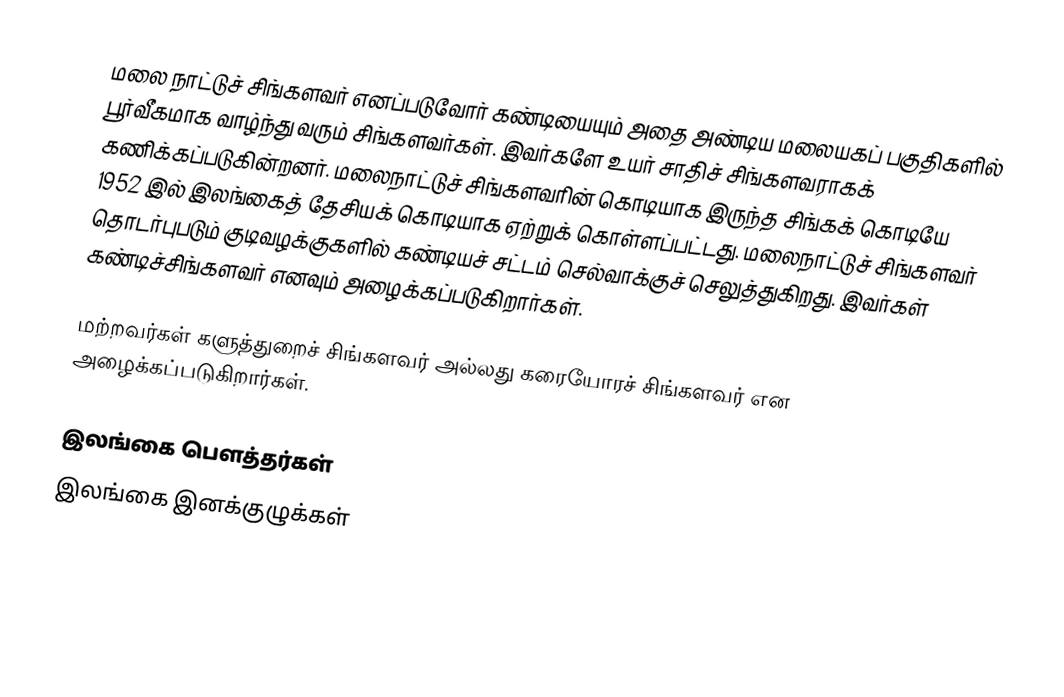
மலை நாட்டுச் சிங்களவர் எனப்படுவோர் கண்டியையும் அதை அண்டிய மலையகப் பகுதிகளில் பூர்வீகமாக வாழ்ந்து வரும் சிங்களவர்கள். இவர்களே உயர் சாதிச் சிங்களவராகக் கணிக்கப்படுகின்றனர். மலைநாட்டுச் சிங்களவரின் கொடியாக இருந்த சிங்கக் கொடியே 1952 இல் இலங்கைத் தேசியக் கொடியாக ஏற்றுக் கொள்ளப்பட்டது. மலைநாட்டுச் சிங்களவர் தொடர்புபடும் குடிவழக்குகளில் கண்டியச் சட்டம் செல்வாக்குச் செலுத்துகிறது. இவர்கள் கண்டிச்சிங்களவர் எனவும் அழைக்கப்படுகிறார்கள்.

மற்றவர்கள் களுத்துறைச் சிங்களவர் அல்லது கரையோரச் சிங்களவர் என அழைக்கப்படுகிறார்கள்.

இலங்கை பௌத்தர்கள்
இலங்கை இனக்குழுக்கள்